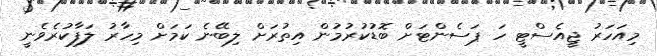
މިއަހަރު ޖީއެސްޓީ ހަ ޕަސެންޓަށް ބޮޑުކުރުމުން އިތުރަށް ލިބޭނެ ކަމަށް މިހާރު ލަފާކުރެވެނީ